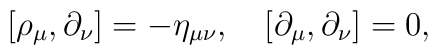
[\rho_\mu,\partial_\nu]=-\eta_{\mu\nu},\quad[\partial_\mu,\partial_\nu]=0,